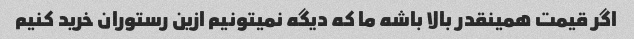
اگر قیمت همینقدر بالا باشه ما که دیگه نمیتونیم ازین رستوران خرید کنیم